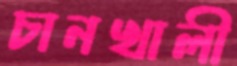
চানখালী